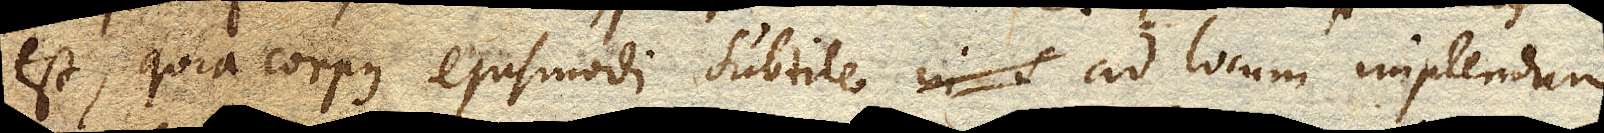
est, quia corpus ejusmodi subtile ad locum implendum